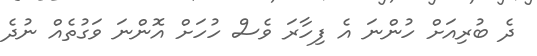
ދެ ބުރިއަށް ހުންނަ އެ ފިހާރަ ވެސް ހުހަށް އޮންނަ ވަގުތެއް ނުދެ